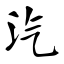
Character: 汽